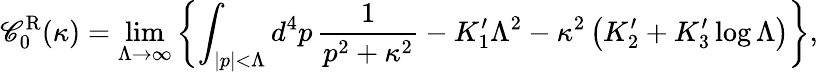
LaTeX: \mathscr{C}_{0}^{\mathrm{{R}}}(\kappa)=\operatorname*{lim}_{\Lambda\to\infty}\left\{ \int_{|p|<\Lambda}d^{4}p\, {\frac{{1}}{{p^{2}+\kappa^{2}}}}-K_{1}^{\prime}\Lambda^{2}-\kappa^{2}\left(K_{2}^{\prime}+K_{3}^{\prime}\log\Lambda\right)\right\} ,